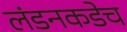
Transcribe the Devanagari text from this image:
लंडनकडेच